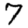
Digit: 7